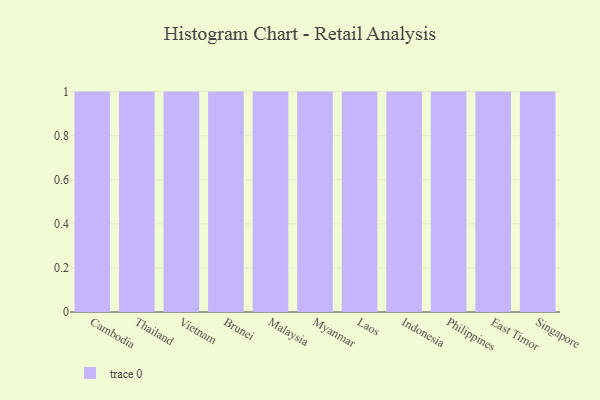
{"axis": {"x": "Country", "y": "Page Views"}, "legend": [""], "data": [{"x": "Cambodia", "y": 92, "type": ""}, {"x": "Thailand", "y": 78, "type": ""}, {"x": "Vietnam", "y": 21, "type": ""}, {"x": "Brunei", "y": 9, "type": ""}, {"x": "Malaysia", "y": 42, "type": ""}, {"x": "Myanmar", "y": 17, "type": ""}, {"x": "Laos", "y": 68, "type": ""}, {"x": "Indonesia", "y": 19, "type": ""}, {"x": "Philippines", "y": 88, "type": ""}, {"x": "East Timor", "y": 78, "type": ""}, {"x": "Singapore", "y": 73, "type": ""}]}